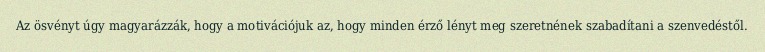
Az ösvényt úgy magyarázzák, hogy a motivációjuk az, hogy minden érző lényt meg szeretnének szabadítani a szenvedéstől.